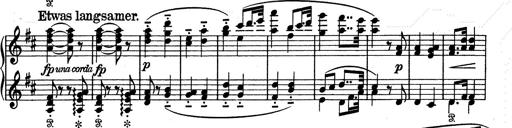
Title: Aus Lohengrin
Composer: Franz Liszt